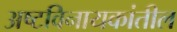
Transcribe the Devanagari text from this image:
अष्टविनायकांतील